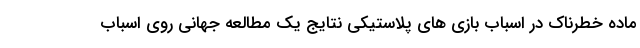
ماده خطرناک در اسباب بازی های پلاستیکی نتایج یک مطالعه جهانی روی اسباب